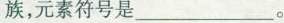
族，元素符号是___。